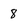
Character: 8